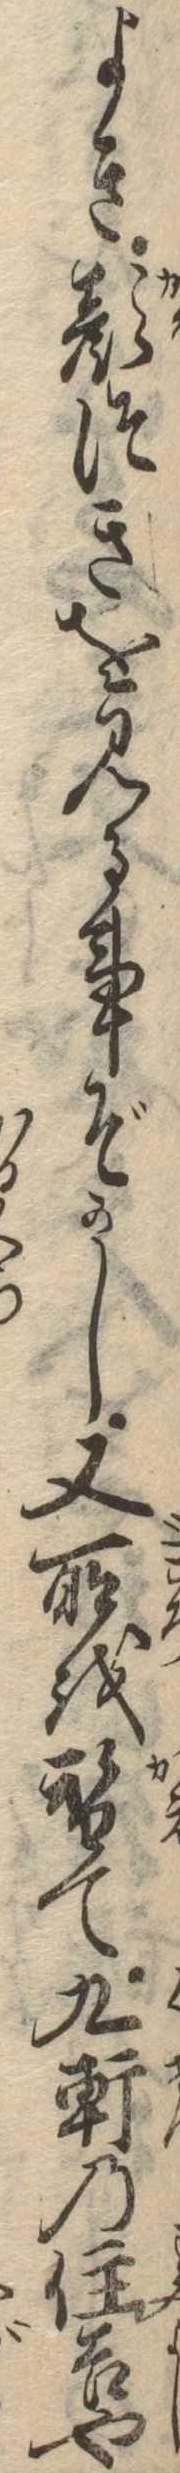
よき顔つきを見る事ぞかし又所を替て九軒の住吉や